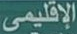
الإقليمي